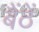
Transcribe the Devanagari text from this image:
बैंठें